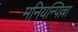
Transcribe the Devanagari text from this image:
मनियन्पिल्ला